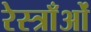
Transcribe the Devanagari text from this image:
रेस्त्राँओं